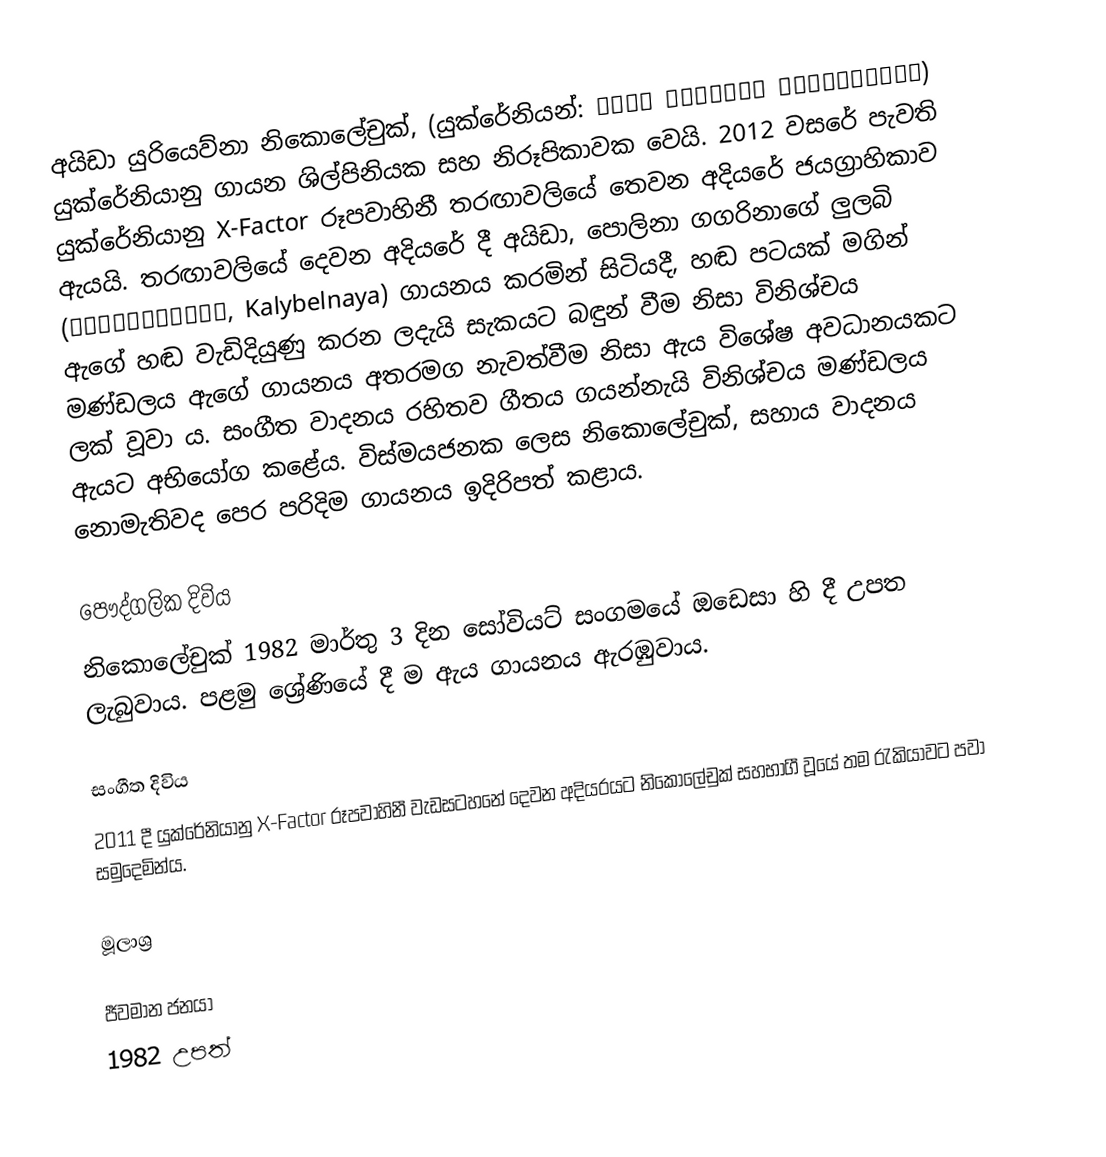
අයිඩා යුරියෙව්නා නිකොලේචුක්, (යුක්රේනියන්: Аїда Юріївна Ніколайчук) යුක්රේනියානු ගායන ශිල්පිනියක සහ නිරූපිකාවක වෙයි. 2012 වසරේ පැවති යුක්රේනියානු X-Factor රූපවාහිනී තරඟාවලියේ තෙවන අදියරේ ජයග්‍රාහිකාව ඇයයි. තරඟාවලියේ දෙවන අදියරේ දී අයිඩා, පොලිනා ගගරිනාගේ ලුලබි (Колыбельная, Kalybelnaya) ගායනය කරමින් සිටියදී, හඬ පටයක් මගින් ඇගේ හඬ වැඩිදියුණු කරන ලදැයි සැකයට බඳුන් වීම නිසා විනිශ්චය මණ්ඩලය ඇගේ ගායනය අතරමග නැවත්වීම නිසා ඇය විශේෂ අවධානයකට ලක් වූවා ය. සංගීත වාදනය රහිතව ගීතය ගයන්නැයි විනිශ්චය මණ්ඩලය ඇයට අභියෝග කළේය. විස්මයජනක ලෙස නිකොලේචුක්, සහාය වාදනය නොමැතිවද පෙර පරිදිම ගායනය ඉදිරිපත් කළාය.

පෞද්ගලික දිවිය
නිකොලේචුක් 1982 මාර්තු 3 දින සෝවියට් සංගමයේ ඔඩෙසා හි දී උපත ලැබුවාය. පළමු ශ්‍රේණියේ දී ම ඇය ගායනය ඇරඹුවාය.

සංගීත දිවිය
2011 දී යුක්රේනියානු X-Factor රූපවාහිනී වැඩසටහනේ දෙවන අදියරයට නිකොලේචුක් සහභාගී වූයේ තම රැකියාවට පවා සමුදෙමින්ය.

මූලාශ්‍ර

ජීවමාන ජනයා
1982 උපත්